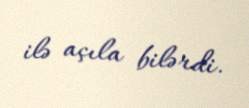
ilə açıla bilərdi.